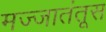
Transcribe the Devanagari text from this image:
मज्जातंतूस